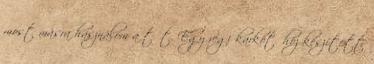
most másra használom a tűt. Egy régi karkötőhöz készített